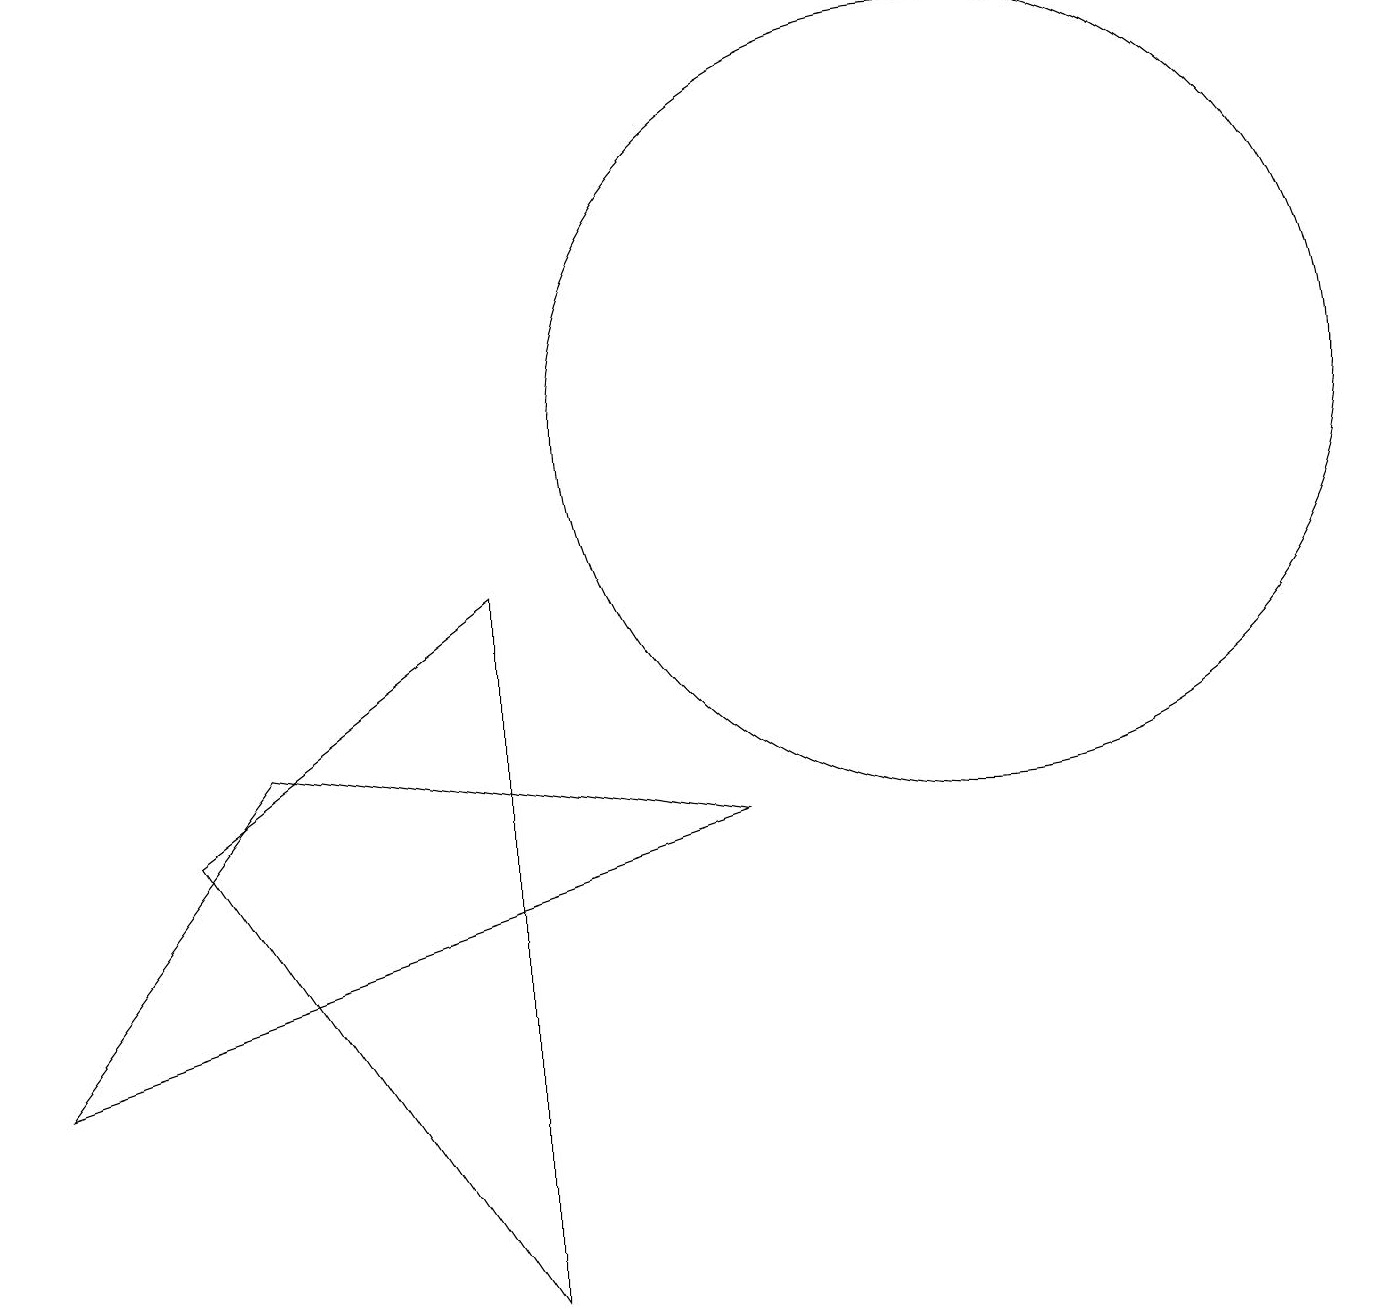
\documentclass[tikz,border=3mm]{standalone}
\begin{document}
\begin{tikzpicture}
\draw (12,11) circle (5);
\draw (6,0) -- (6,9) -- (2,6) -- cycle;
\draw (3,7) -- (9,6) -- (0,3) -- cycle;
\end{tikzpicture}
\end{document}